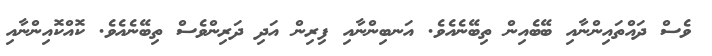
ވެސް ދައްތައިންނާއި ބޭބެއިން ތިބޭނެއެވެ. އަނބިންނާއި ފިރިން އަދި ދަރިންވެސް ތިބޭނެއެވެ. ކޮއްކޮއިންނާއި